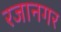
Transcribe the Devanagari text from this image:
रजानगर